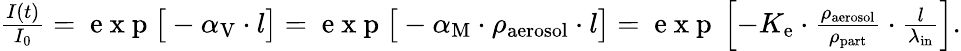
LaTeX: \begin{array}{r}{\frac{I(t)}{I_{0}}=\mathrm{~e~x~p~}\big[-\alpha_{\mathrm{V}}\cdot l\big]=\mathrm{~e~x~p~}\big[-\alpha_{\mathrm{M}}\cdot\rho_{\mathrm{aerosol}}\cdot l\big]=\mathrm{~e~x~p~}\left[-K_{\mathrm{e}}\cdot\frac{\rho_{\mathrm{aerosol}}}{\rho_{\mathrm{part}}}\cdot\frac{l}{\lambda_{\mathrm{in}}}\right].}\end{array}